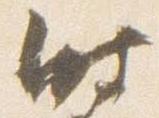
時